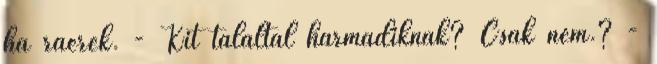
ha ráérek. - Kit találtál harmadiknak? Csak nem.? -